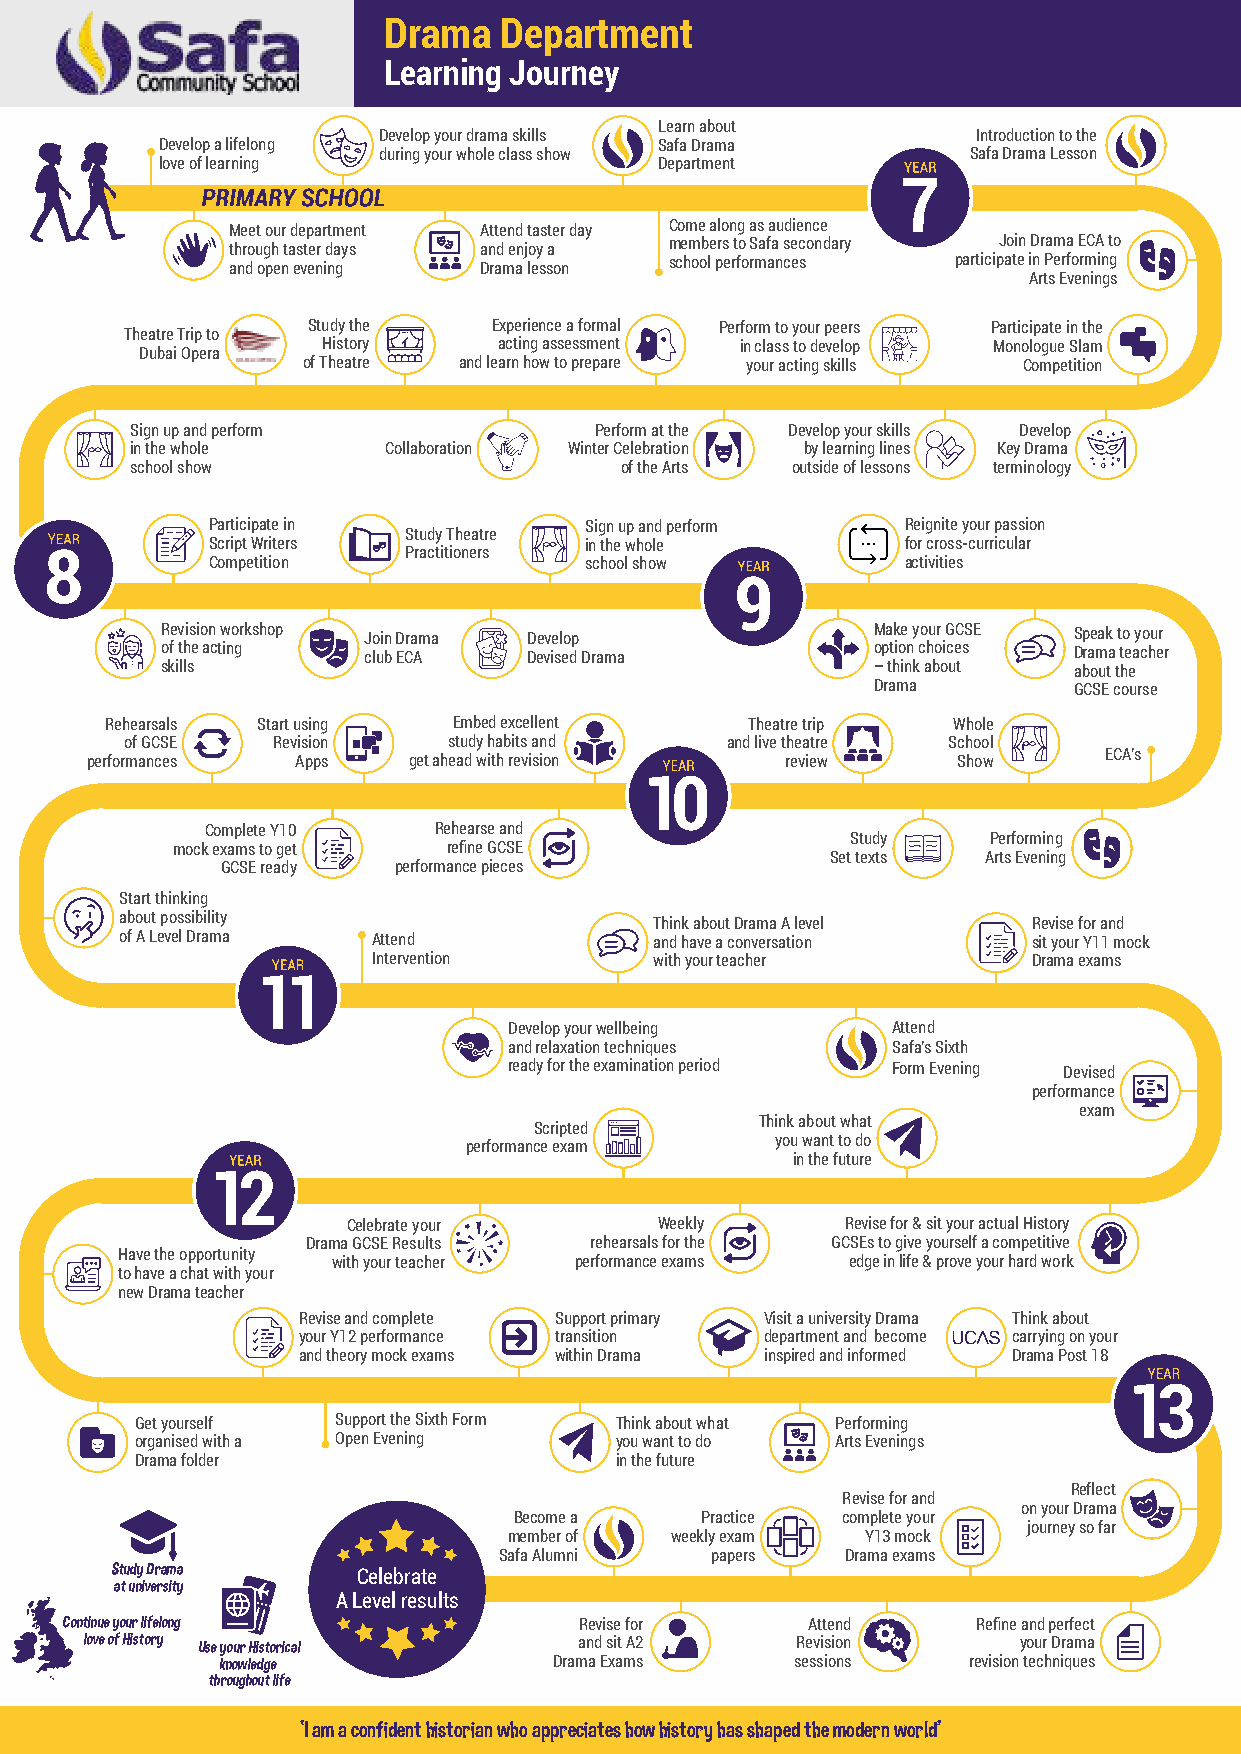
Drama   Department
 Learning Journey
 Learn about
 Develop your drama skills               Introduction to the
 Develop a lifelong               Safa Drama
 during your whole class show           Safa Drama Lesson
 love of learning                 Department
 Meet our department Attend taster day Come along as audience
 through taster days and enjoy a members to Safa secondary Join Drama ECA to
 and open evening Drama lesson school performances participate in Performing
 Arts Evenings
 Study the    Experience a formal Perform to your peers Participate in the
 Theatre Trip to
 History     acting assessment in class to develop Monologue Slam
 Dubai Opera
 of Theatre and learn how to prepare your acting skills Competition
 Sign up and perform           Perform at the Develop your skills Develop
 in the whole    Collaboration Winter Celebration by learning lines Key Drama
 school show                     of the Arts outside of lessons terminology
 Participate in           Sign up and perform  Reignite your passion
 Study Theatre
 Script Writers           in the whole         for cross-curricular
 Practitioners
 Competition              school show          activities
 Revision workshop Join Drama Develop           Make your GCSE Speak to your
 of the acting club ECA  Devised Drama          option choices Drama teacher
 skills                                         – think about about the
 Drama        GCSE course
 Rehearsals Start using Embed excellent     Theatre trip Whole
 of GCSE   Revision    study habits and  and live theatre School
 performances  Apps   get ahead with revision  review     Show      ECA’s
 Complete Y10   Rehearse and
 Study    Performing
 mock exams to get  refine GCSE
 Set texts Arts Evening
 GCSE ready performance pieces
 Start thinking
 about possibility                  Think about Drama A level Revise for and
 of A Level Drama Attend            and have a conversation  sit your Y11 mock
 Intervention      with your teacher        Drama exams
 Develop your wellbeing   Attend
 and relaxation techniques Safa’s Sixth
 ready for the examination period Form Evening Devised
 performance
 exam
 Think about what
 Scripted
 you want to do
 performance exam
 in the future
 Celebrate your       Weekly      Revise for & sit your actual History
 Drama GCSE Results rehearsals for the GCSEs to give yourself a competitive
 Have the opportunity
 with your teacher performance exams edge in life & prove your hard work
 to have a chat with your
 new Drama teacher
 Revise and complete Support primary Visit a university Drama Think about
 your Y12 performance transition department and become carrying on your
 and theory mock exams within Drama inspired and informed Drama Post 18
 Get yourself Support the Sixth Form Think about what Performing
 organised with a Open Evening   you want to do Arts Evenings
 Drama folder                    in the future
 Reflect
 Revise for and
 on your Drama
 Become a    Practice  complete your
 journey so far
 member of weekly exam  Y13 mock
 Safa Alumni   papers   Drama exams
 Study Drama      Celebrate
 at university
 A Level results
 Continue your lifelong            Revise for     Attend      Refine and perfect
 love of History Use your Historical and sit A2  Revision      your Drama
 knowledge              Drama Exams     sessions   revision techniques
 throughout life
 ‘I am a confident historian who appreciates how history has shaped the modern world’